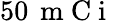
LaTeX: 50\, \mathrm{~m~C~i~}